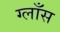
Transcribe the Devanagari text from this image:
ग्लाँस